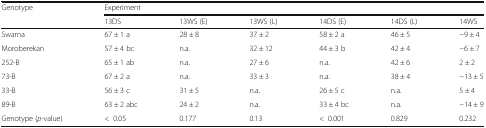
<table><thead><tr><td><b>Genotype</b></td><td colspan="6"><b>Experiment</b></td></tr><tr><td></td><td><b>13DS</b></td><td><b>13WS (E)</b></td><td><b>13WS (L)</b></td><td><b>14DS (E)</b></td><td><b>14DS (L)</b></td><td><b>14WS</b></td></tr></thead><tbody><tr><td>Swarna</td><td>67 ± 1 a</td><td>28 ± 8</td><td>37 ± 2</td><td>58 ± 2 a</td><td>46 ± 5</td><td>−9 ± 4</td></tr><tr><td>Moroberekan</td><td>57 ± 4 bc</td><td>n.a.</td><td>32 ± 12</td><td>44 ± 3 b</td><td>42 ± 4</td><td>−6 ± 7</td></tr><tr><td>252-B</td><td>65 ± 1 ab</td><td>n.a.</td><td>27 ± 6</td><td>n.a.</td><td>42 ± 6</td><td>2 ± 2</td></tr><tr><td>73-B</td><td>67 ± 2 a</td><td>n.a.</td><td>33 ± 3</td><td>n.a.</td><td>38 ± 4</td><td>−13 ± 5</td></tr><tr><td>33-B</td><td>56 ± 3 c</td><td>31 ± 5</td><td>n.a.</td><td>26 ± 5 c</td><td>n.a.</td><td>5 ± 4</td></tr><tr><td>89-B</td><td>63 ± 2 abc</td><td>24 ± 2</td><td>n.a.</td><td>33 ± 4 bc</td><td>n.a.</td><td>−14 ± 9</td></tr><tr><td>Genotype (<i>p</i>-value)</td><td>&lt;0.05</td><td>0.177</td><td>0.13</td><td>&lt;0.001</td><td>0.829</td><td>0.232</td></tr></tbody></table>